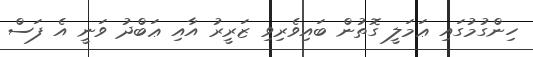
ހިންގުމުގައި ޢަމަލީ ގޮތުން ބައިވެރިވި ޒަރީރު އާއި ޢަބްދު ވަނީ އެ ފަސް